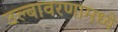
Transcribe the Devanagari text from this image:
उल्बावरणामध्ये